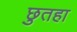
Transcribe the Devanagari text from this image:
छुतहा